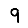
Digit: 9